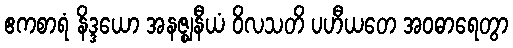
ဧကစာရံ နိဒ္ဒယော အနဇ္ဈနီယံ ဝိလသတိ ပဟီယတေ အဝဓာရေတွာ